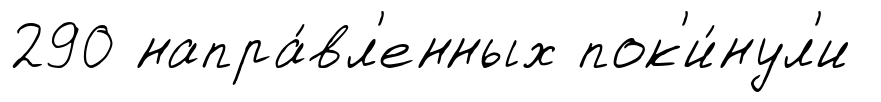
290 напра́вл'енных пок'и́нул'и